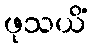
ဖုသယိံ